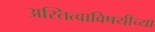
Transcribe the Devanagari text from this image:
अस्तित्वाविषयीच्या